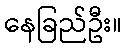
နေခြည်ဦး။